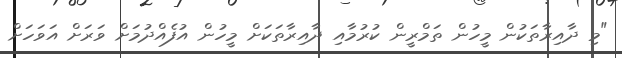
"މި ދާއިރާތަކުން މީހުން ތަމްރީން ކުރުމާއި ދާއިރާތަކަށް މީހުން އުފެއްދުމަށް ވަރަށް އަވަހަށް